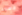
دمت